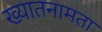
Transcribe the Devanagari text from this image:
ख्यातनामता